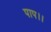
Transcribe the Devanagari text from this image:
पाप।।